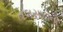
તલસાટોની